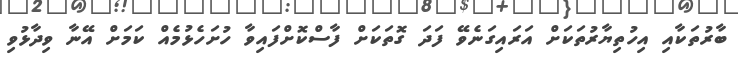
ބާރުތަކާއި އިހުތިޔާރުތަކަށް އަރައިގަނެވޭ ފަދަ ގޮތަކަށް ފާސްކޮށްފައިވާ ހުށަހެޅުމެއް ކަމަށް އޭނާ ވިދާޅުވި